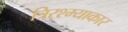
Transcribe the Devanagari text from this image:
त्रिरश्म्याकार